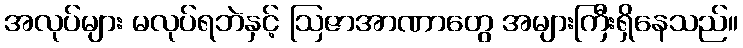
အလုပ်များ မလုပ်ရဘဲနှင့် ဩဇာအာဏာတွေ အများကြီးရှိနေသည်။